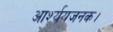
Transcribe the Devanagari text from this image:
आर्श्ययजनक।